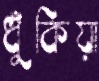
ধুঁকিয়া